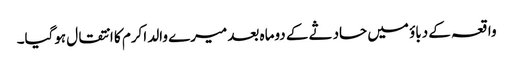
واقعہ کے دباؤ میں حادثے کے دوماہ بعد میرے والد اکرم کا انتقال ہوگیا۔